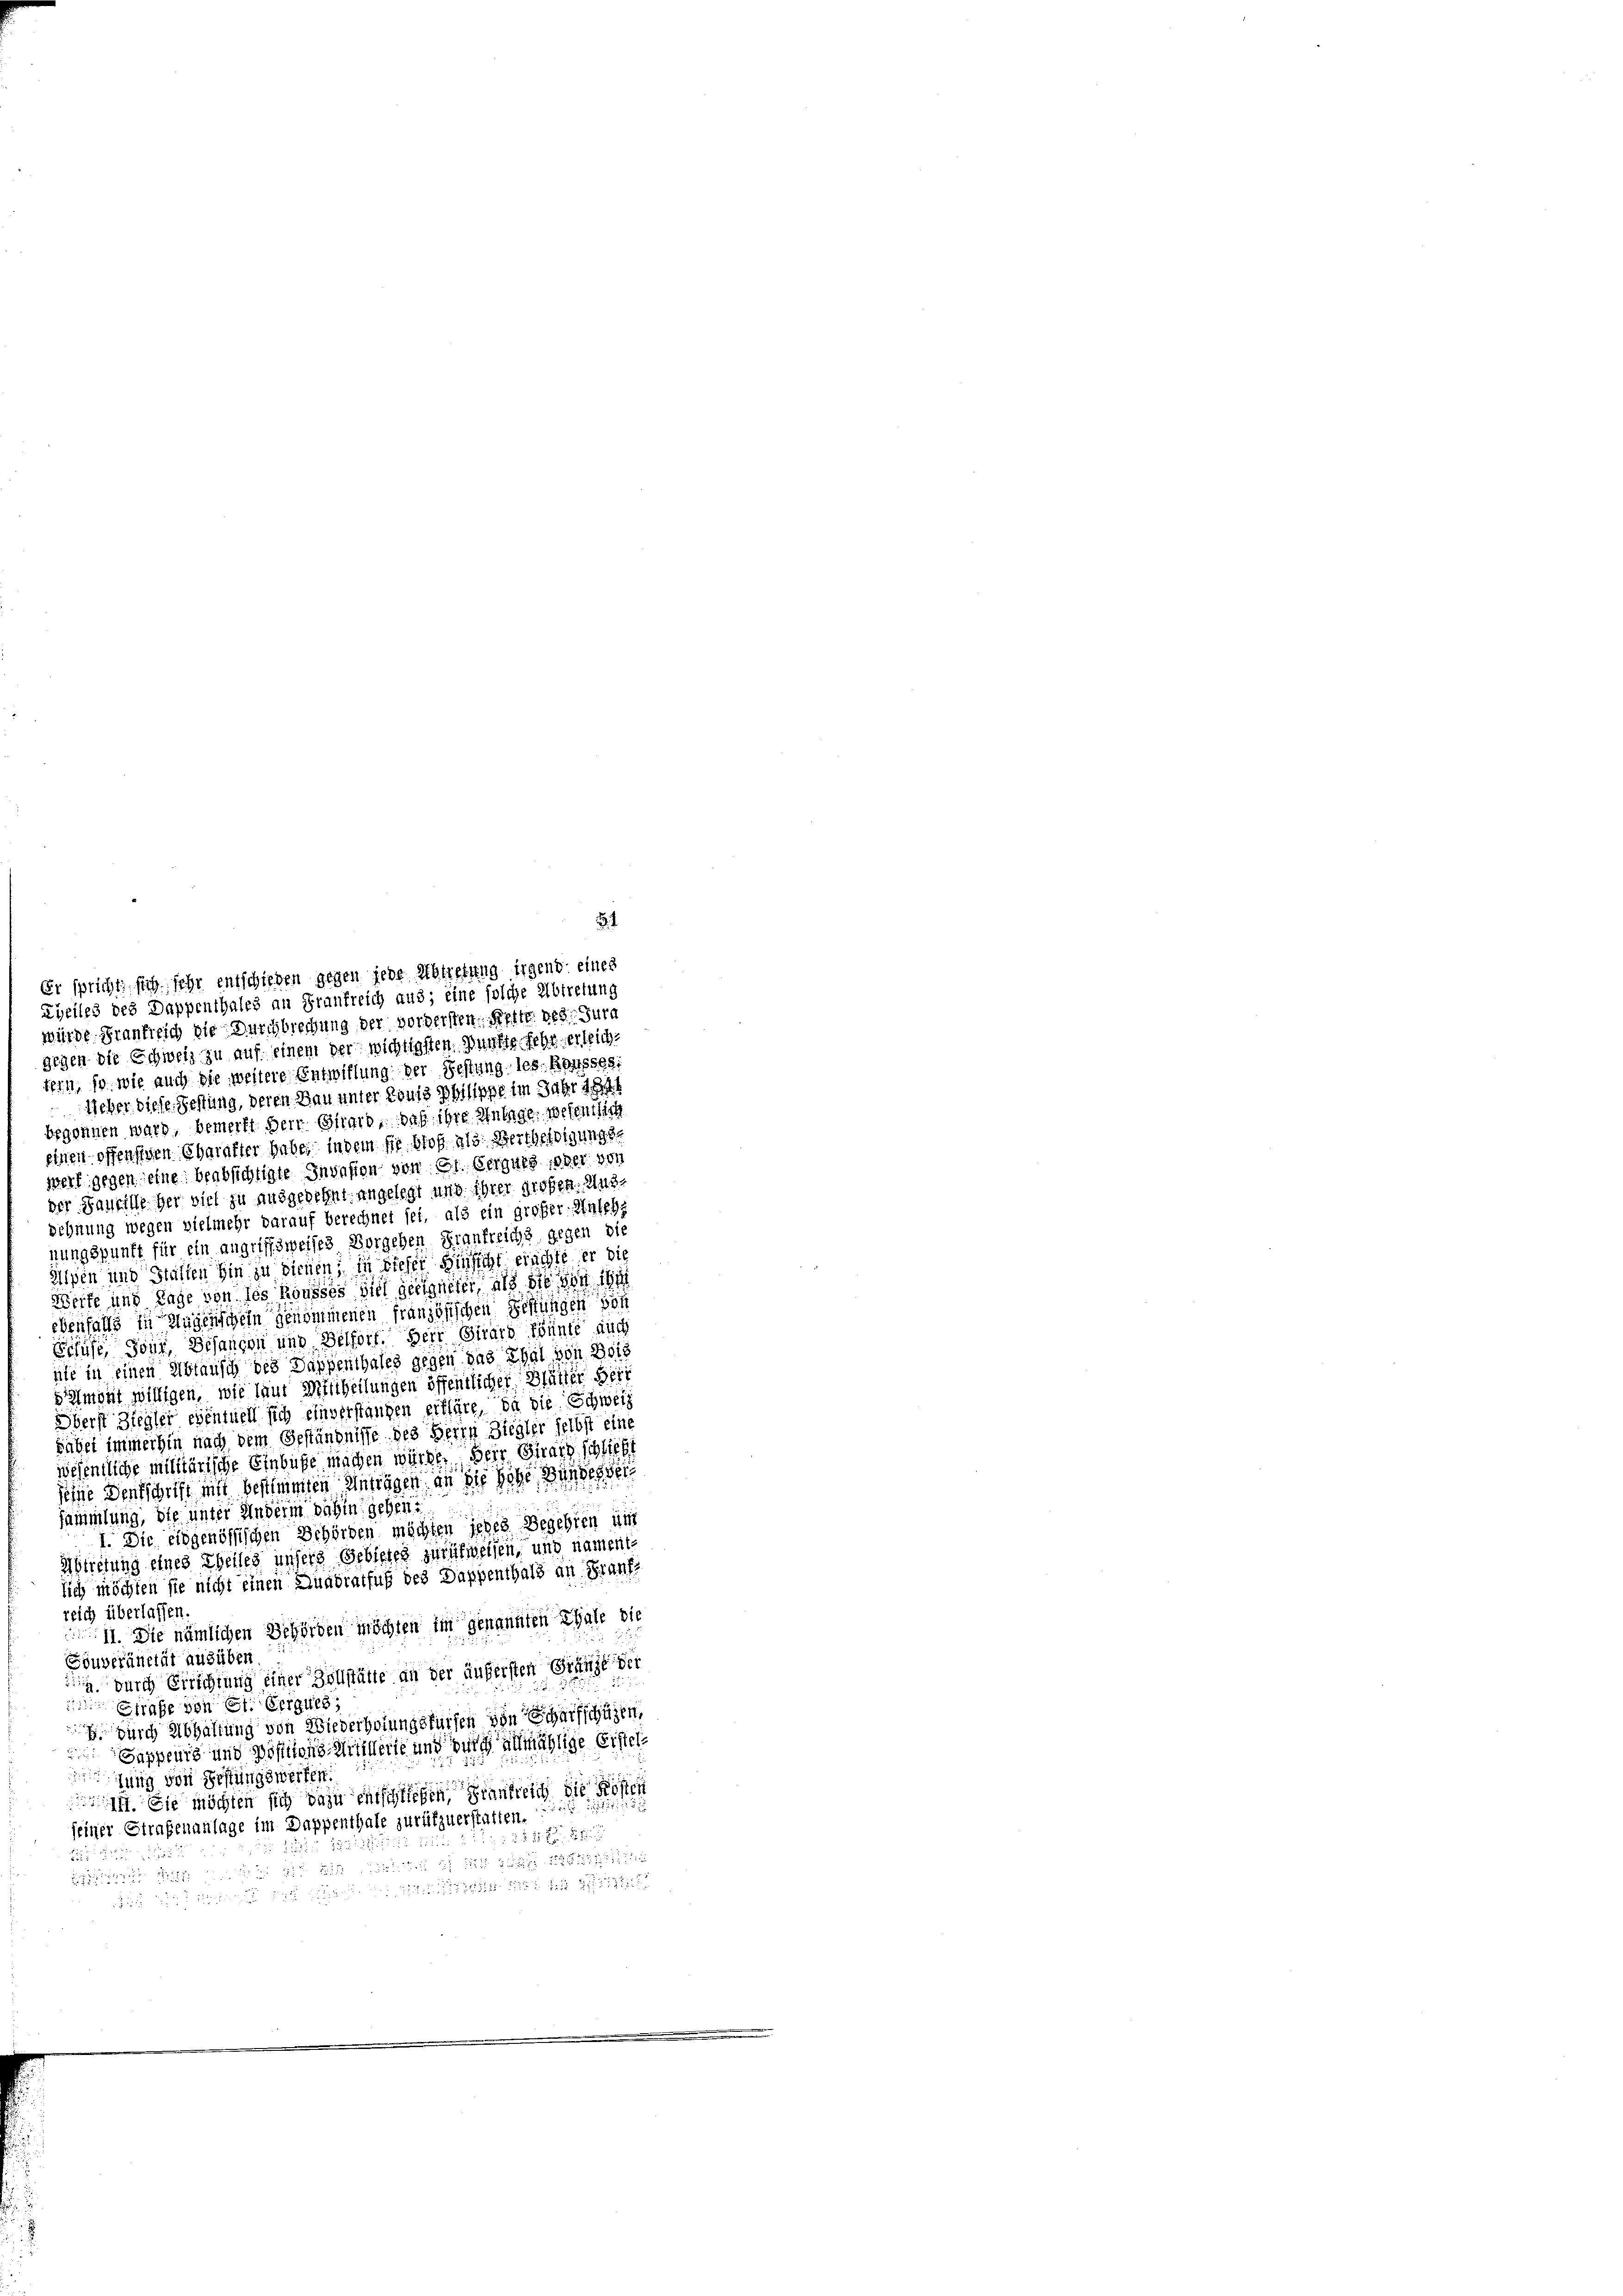
Er spricht, sich sehr entschieben gegen jede Abtretung irgend eines
Eyeiles des Dappenthales an Frankreich aus; eine solche Abtretung
würde. Frankreich die Durchbrechung der vordersten. Kette des Jura
gegen die Schweiz zu auf einem der wichtigsten Punkte sehr erleich
tein, so wie auch die weitere Entwiflung der Festung les Rousses.
Ueber diese Festung, deren Bau unter Louis Philippe im Jahr ich hat

1
begonnen ward, bemerkt Herr Girard, daß ihre Anteige, wesentlich
einen offensiven Charakter habe, indem fir bloß als Bertheidigungswert gegen eine beabsichtigte Invasion von St. Gerguts ober von
der Kaufille her viel zu ausgedehnt angelegt und ihrer großen. Aus¬
Schnung wegen vielmehr darauf berechnet sei, als ein großer Anlehe
nungspunft für ein angriffsweises Vorgehen Frankreichs gegen die
Alpen und Ställen hin zu dienen in dieser Hinsicht erachte er die
Werfe und Tage von des Rousses viel geeigneter, als die von ihr
ebenfalls zu sagenschein genommenen französischen Festungen von
Erhuse, Jour, Gesangen und Belfort. Herr Girard Pünte auch
ate in einen Abtausch des Dappenthales gegen das Thal von Beis
Samont willigen, wie laut Mittheilungen öffentlicher Blätter Beri
Oberst Ziegler eventuell sich einverstangen erkläre, da die Schweiz
säbet immerhin nach dem Geständnisse des Herrn Ziegler selbst eine
wesentliche militärische Einbuße machen würde. Herr Girard schliess
seine Denkschrift mit bescheinten Einträgen, an die hohe Bunden de
sammlung, die unter Anderm dahin gehen
I. Die eidgenössischen Behörden möchten jedes Begehren unt
Abtretung eines Theiles unsers Gebietes zurückweisen, und namente
lich möchten sie nicht einen Quadratfuß des Dappenthals an Grauf-
reich überlassen.
II. Die nämlichen Behörden möchten im genannten Thale die
Souveränität ausüben.
durch Errichtung einer Zollstätte an der äußersten Gränze der
 Strafe von et. Ergues,
 durch Abhaltung von Wiederholungsfeifen von Scharfschüren,
Sappeurs und Positons Stillerie und durch allmählige Erstel
fung von Festungswerfen.
. Sie möchten sich dazu entschließen Sinnbreich die Kosten
.
 2 er
seiner Strafenanlage im Dappenthale zurükzuerstatten.
 285
Bs. 2
11173
1247
52 des